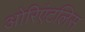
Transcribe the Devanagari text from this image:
ओरिएंटलिस